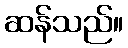
ဆန်သည်။